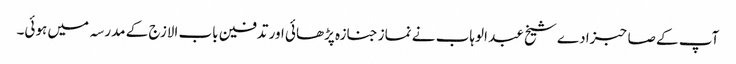
آپ کے صاحبزادے شیخ عبد الوہاب نے نماز جنازہ پڑھائی اور تدفین باب الازج کے مدرسہ میں ہوئی۔